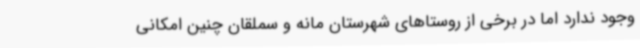
وجود ندارد اما در برخی از روستاهای شهرستان مانه و سملقان چنین امکانی